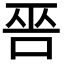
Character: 𠳄